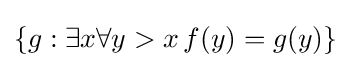
\{g:\exists x\forall y>x\,f(y)=g(y)\}